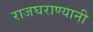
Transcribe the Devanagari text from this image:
राजघराण्यानी